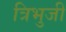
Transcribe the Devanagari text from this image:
त्रिभुजी